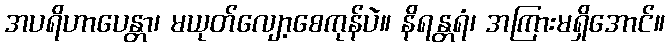
အပရိဟာပေန္တာ၊ မယုတ်လျော့စေကုန်ပဲ။ နိရန္တရံ၊ အကြားမရှိအောင်။